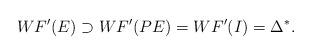
LaTeX: \begin{align*}WF'(E)\supset WF'(PE) =WF'(I) =\Delta^\ast.\end{align*}